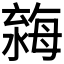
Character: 𣼿